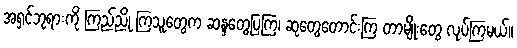
အရှင်ဘုရားကို ကြည်ညို ကြသူတွေက ဆန္ဒတွေပြကြ၊ ဆုတွေတောင်းကြ တာမျိုးတွေ လုပ်ကြမယ်။